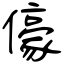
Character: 儫